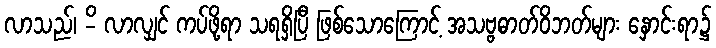
လာသည်၊ -ိ လာလျှင် ကပ်ဖို့ရာ သရရှိပြီ ဖြစ်သောကြောင့် အသဗ္ဗဓာတ်ဝိဘတ်များ နှောင်းရာ၌